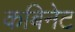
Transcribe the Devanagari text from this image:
कबिनेट